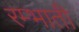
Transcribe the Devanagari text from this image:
रम्भाती